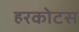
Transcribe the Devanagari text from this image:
हरकोटस